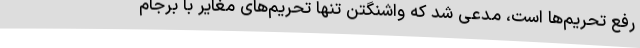
رفع تحریم‌ها است، مدعی شد که واشنگتن تنها تحریم‌های مغایر با برجام